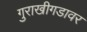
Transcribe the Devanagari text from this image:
गुराखीगडावर